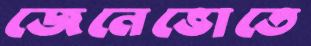
জেনেভোতে